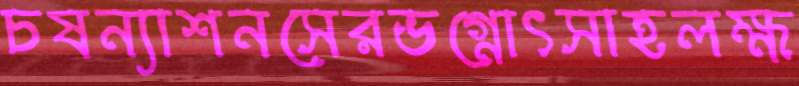
চষন্যাশনসেরভগ্নোৎসাহলক্ষ